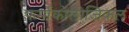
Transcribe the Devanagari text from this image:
फर्माकोलोजिकल